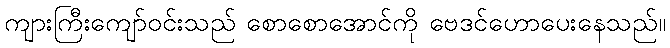
ကျားကြီးကျော်ဝင်းသည် စောစောအောင်ကို ဗေဒင်ဟောပေးနေသည်။